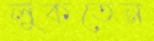
লুকতেন